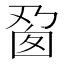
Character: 𬼎